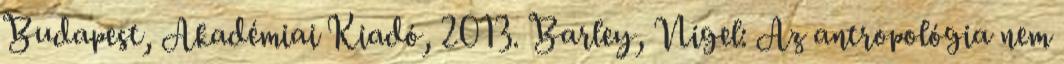
Budapest, Akadémiai Kiadó, 2013. Barley, Nigel: Az antropológia nem